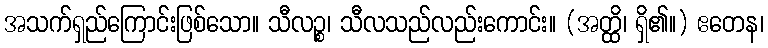
အသက်ရှည်ကြောင်းဖြစ်သော။ သီလဉ္စ၊ သီလသည်လည်းကောင်း။ (အတ္ထိ၊ ရှိ၏။) ဧတေန၊